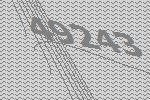
49243